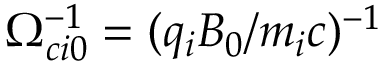
\Omega _ { c i 0 } ^ { - 1 } = ( q _ { i } B _ { 0 } / m _ { i } c ) ^ { - 1 }